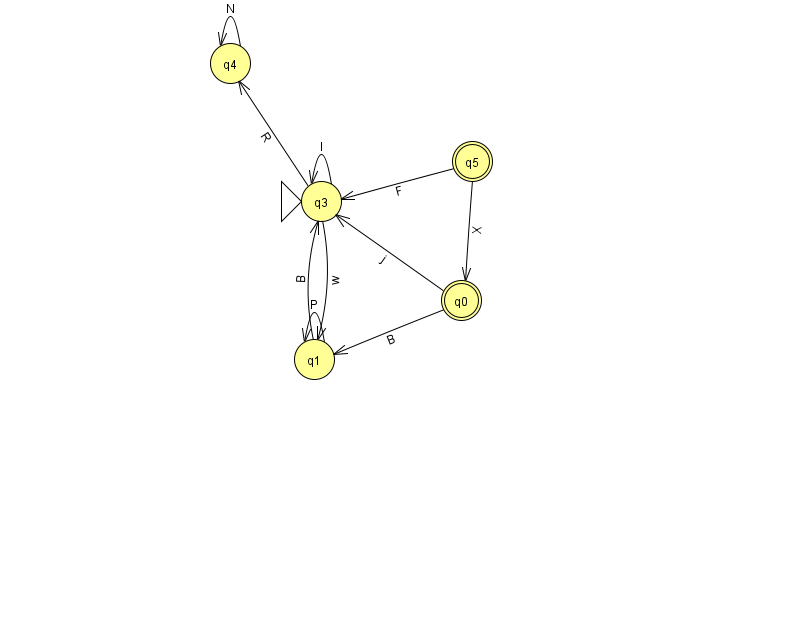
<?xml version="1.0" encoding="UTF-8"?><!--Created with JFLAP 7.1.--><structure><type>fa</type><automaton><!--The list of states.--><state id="0" name="q0"><x>461.0</x><y>287.0</y><final/></state><state id="1" name="q1"><x>314.0</x><y>346.0</y></state><state id="3" name="q3"><x>321.0</x><y>188.0</y><initial/></state><state id="4" name="q4"><x>230.0</x><y>50.0</y></state><state id="5" name="q5"><x>472.0</x><y>148.0</y><final/></state><!--The list of transitions.--><transition><from>1</from><to>1</to><read>P</read></transition><transition><from>3</from><to>4</to><read>R</read></transition><transition><from>5</from><to>0</to><read>X</read></transition><transition><from>0</from><to>1</to><read>B</read></transition><transition><from>1</from><to>3</to><read>B</read></transition><transition><from>3</from><to>1</to><read>w</read></transition><transition><from>3</from><to>3</to><read>I</read></transition><transition><from>0</from><to>3</to><read>j</read></transition><transition><from>4</from><to>4</to><read>N</read></transition><transition><from>5</from><to>3</to><read>F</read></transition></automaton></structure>